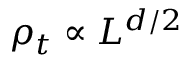
\rho _ { t } \propto L ^ { d / 2 }